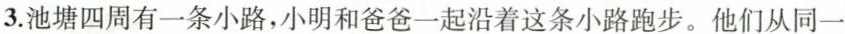
3.池塘四周有一条小路，小明和爸爸一起沿着这条小路跑步。他们从同一